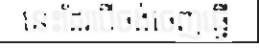
នេះដែរបើចង់ចេញធ្វើ